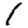
Digit: 1